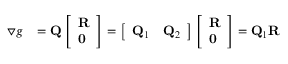
\begin{array} { r l } { \triangledown g } & { = \mathbf Q \left[ \begin{array} { l } { \mathbf R } \\ { \mathbf 0 } \end{array} \right] = \left[ \begin{array} { l l } { \mathbf Q _ { 1 } } & { \mathbf Q _ { 2 } } \end{array} \right] \left[ \begin{array} { l } { \mathbf R } \\ { \mathbf 0 } \end{array} \right] = \mathbf Q _ { 1 } \mathbf R } \end{array}